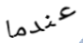
عندما